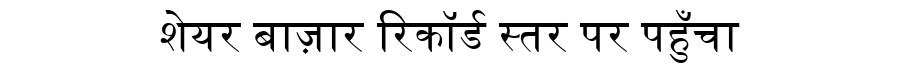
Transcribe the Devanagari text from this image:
शेयर बाज़ार रिकॉर्ड स्तर पर पहुँचा